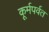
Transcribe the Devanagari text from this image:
कूर्मपर्वत